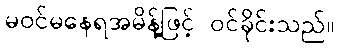
မဝင်မနေရအမိန့်ဖြင့် ဝင်ခိုင်းသည်။